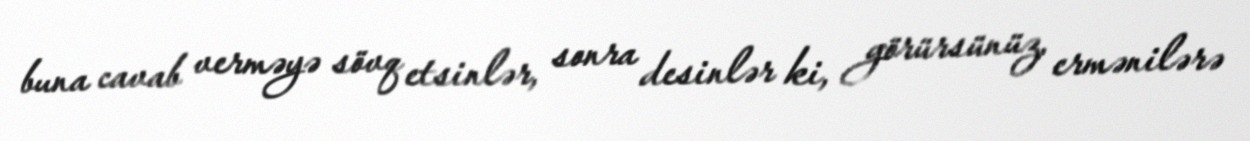
buna cavab verməyə sövq etsinlər, sonra desinlər ki, görürsünüz, ermənilərə